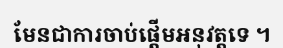
មែនជាការចាប់ផ្តើមអនុវត្តទេ ។